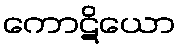
ကောဋိယော